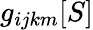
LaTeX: g_{ijkm}[S]